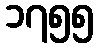
၁၇၅၅